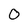
Character: O